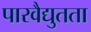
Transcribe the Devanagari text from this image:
पारवैद्युतता